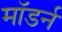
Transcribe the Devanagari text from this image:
माॅडर्न